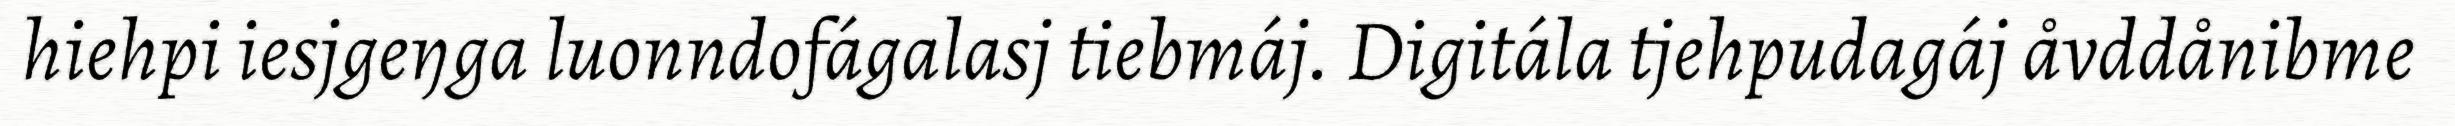
hiehpi iesjgeŋga luonndofágalasj tiebmáj. Digitála tjehpudagáj åvddånibme